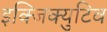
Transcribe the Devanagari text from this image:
इक्जिक्युटिव